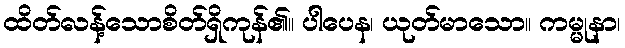
ထိတ်လန့်သောစိတ်ရှိကုန်၏။ ပါပေန၊ ယုတ်မာသော။ ကမ္မုနာ၊